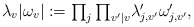
\begin{align*}\lambda_v|\omega_v|:=\textstyle{\prod_j\prod_{v'|v}}\lambda'_{j,v'}\omega'_{j,v'},\end{align*}